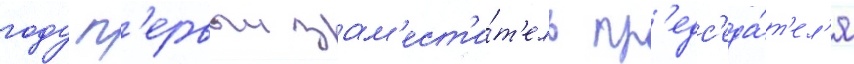
году п'ервыи зам'ест'и́т'ель пр'едс'еда́т'ел'я